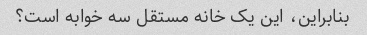
بنابراین، این یک خانه مستقل سه خوابه است؟